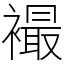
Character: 襊